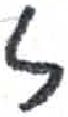
אות: ז